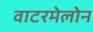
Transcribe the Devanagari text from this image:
वाटरमेलोन